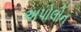
અપોલોન